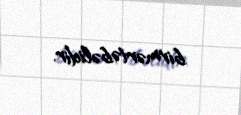
birmərtəbəlidir.